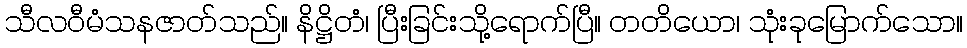
သီလဝီမံသနဇာတ်သည်။ နိဋ္ဌိတံ၊ ပြီးခြင်းသို့ရောက်ပြီ။ တတိယော၊ သုံးခုမြောက်သော။